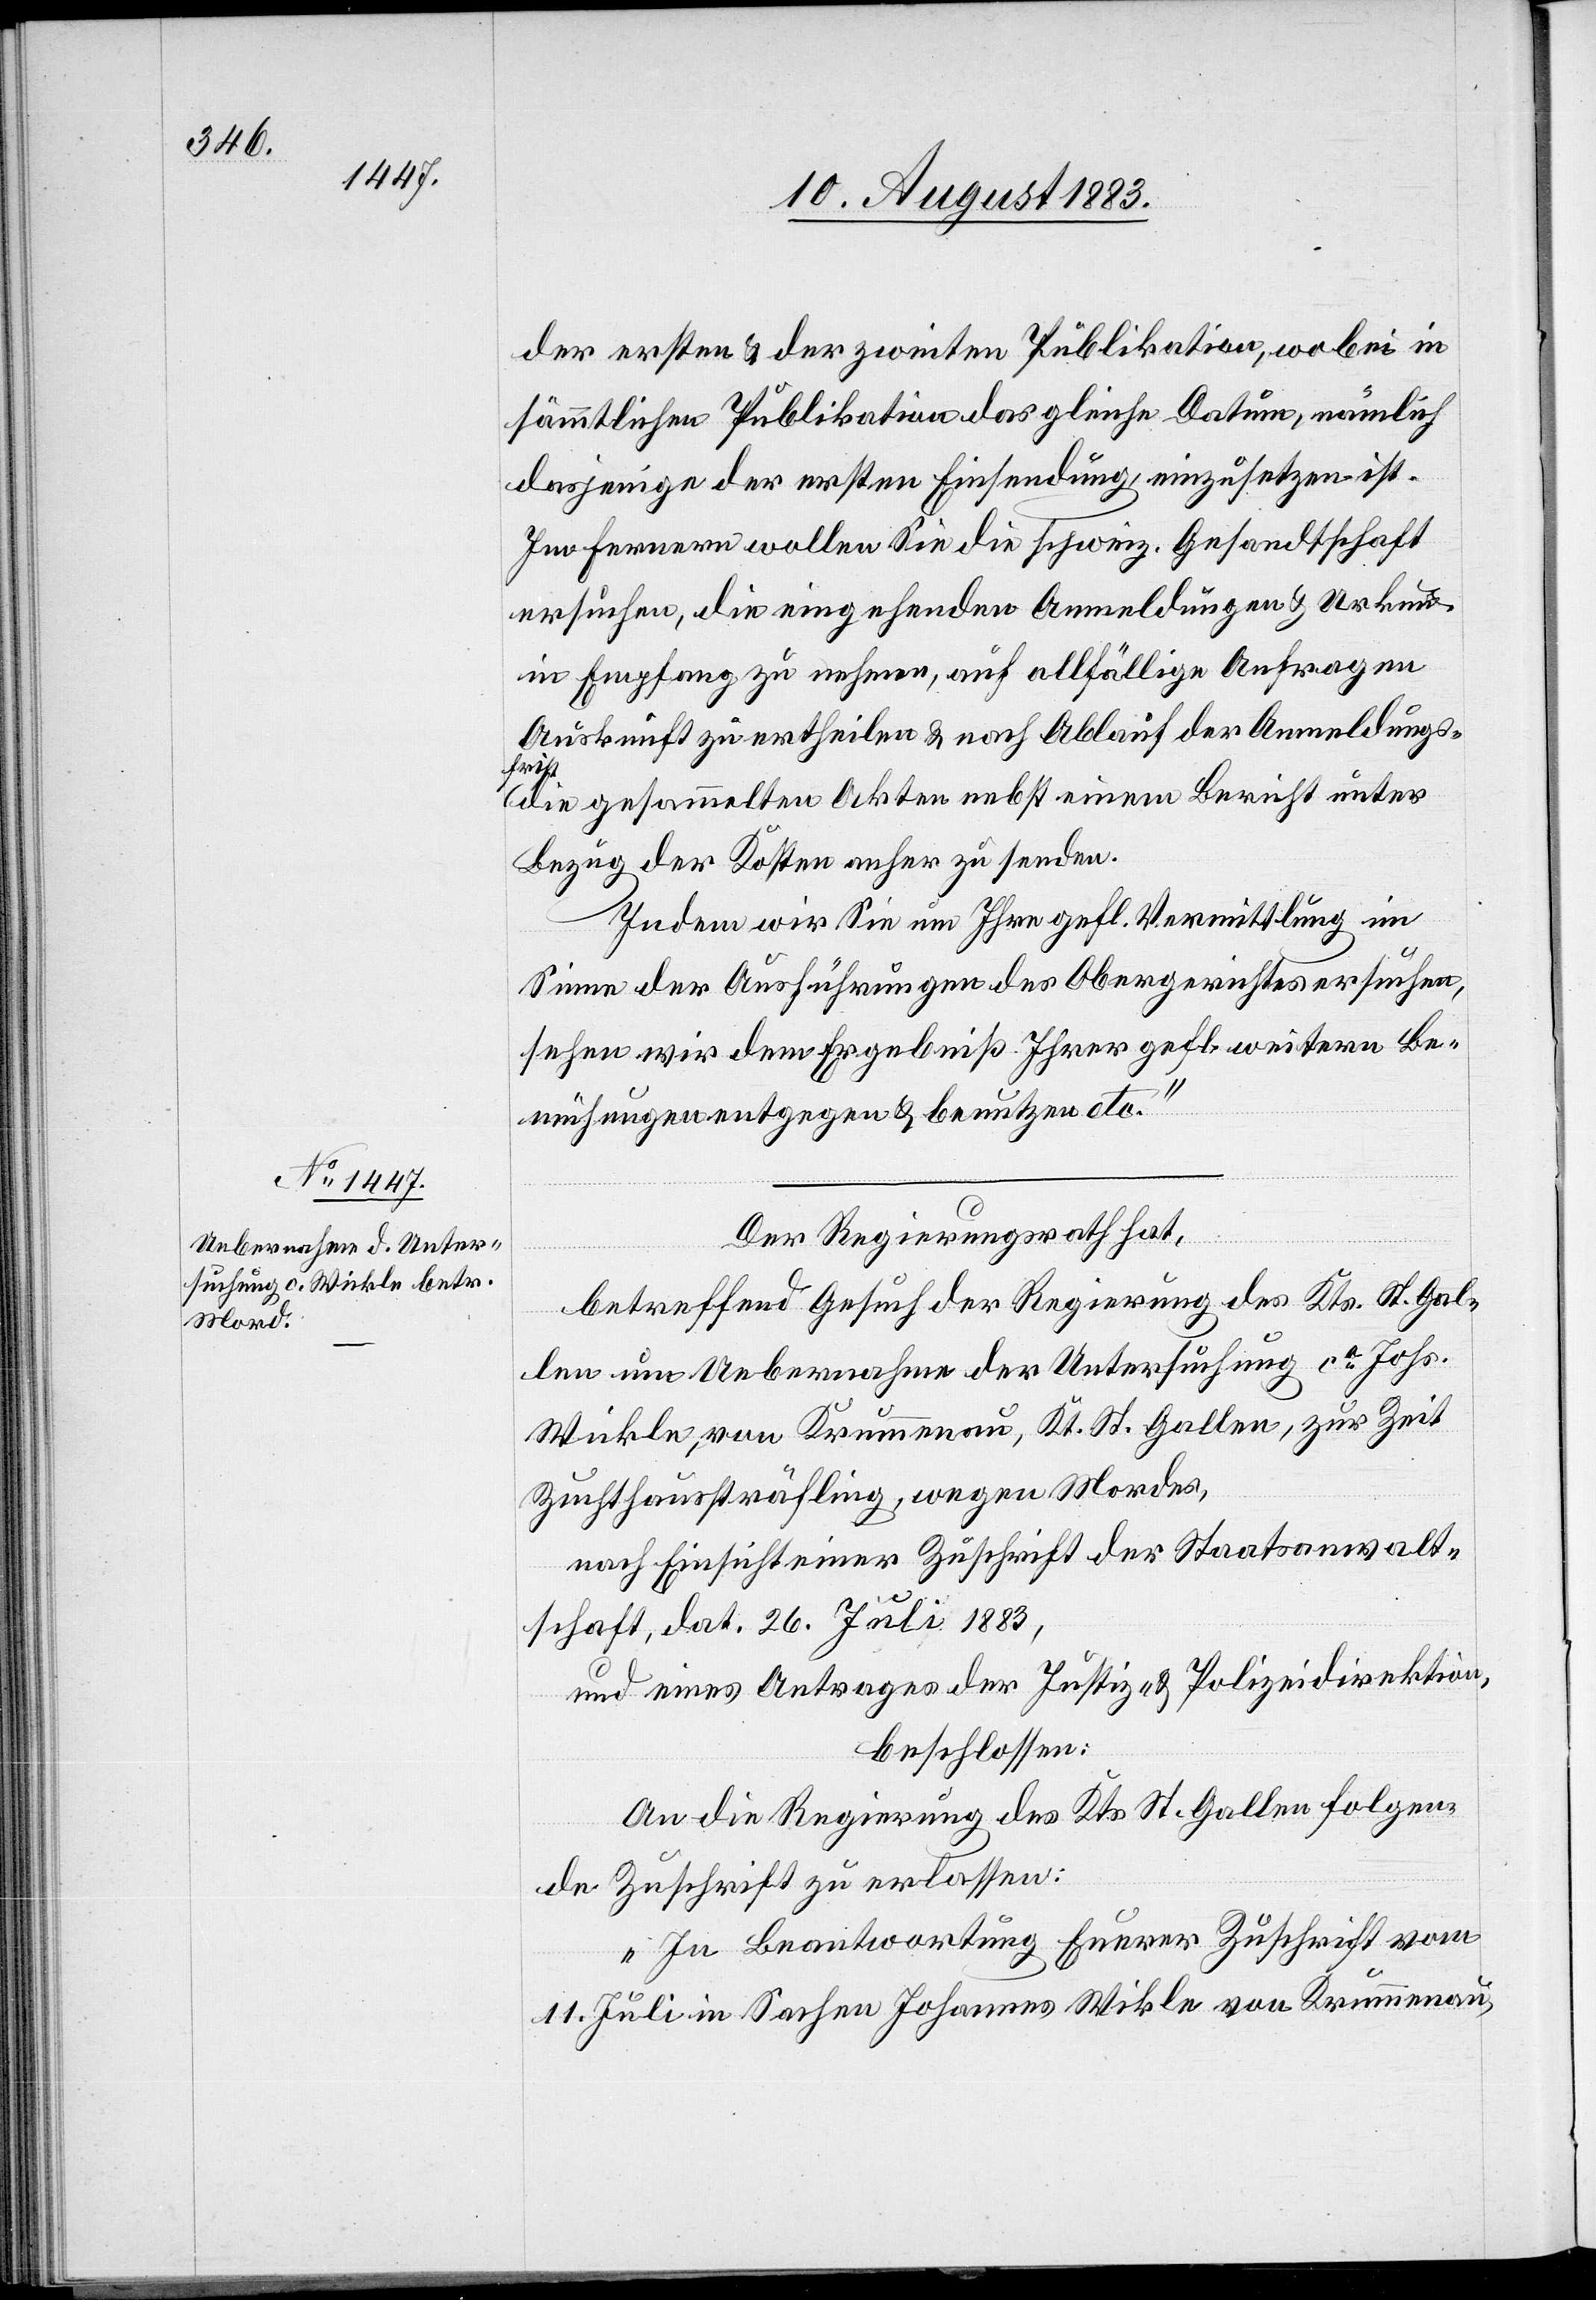
der ersten & der zweiten Publikation, wobei in
sämmtlichen Publikationa das gleiche Datum, nämlich
dasjenige der ersten Einsendung, einzusetzen ist.
Im Fernern wollen Sie die schweiz. Gesandtschaft
ersuchen, die eingehenden Anmeldungen & Urku¬
in Empfang zu nehmen, auf allfällige Anfrage
Auskunft zu ertheilen & nach Ablauf der Anmeldungs¬
frist
die gesammelten Akten nebst einem Bericht unter
Bezug der Kosten anher zu senden.
Indem wir Sie um Ihre gefl. Vermittlung im
Sinne der Ausführungen des Obergerichtes ersuchen,
sehen wir dem Ergebniß Ihrer gefl. weitern Be¬
mühungen entgegen & benutzen etc.“
Der Regierungsrath hat,
n[den]
betreffend Gesuch der Regierung des Kts. St. Gal¬
len um Uebernahme der Untersuchung ca Johs.
Wickle, von Krummenau, Kt. St. Gallen, zur Zeit
Zuchthaussträfling, wegen Mordes,
nach Einsicht einer Zuschrift der Staatsanwalt¬
schaft, dat. 26. Juli 1883,
und eines Antrages der Justiz- & Polizeidirektion,
beschlossen:
An die Regierung des Kts. St. Gallen folgen¬
de Zuschrift zu erlassen:
„In Beantwortung Eurer Zuschrift vom
11. Juli in Sachen Johannes Wikle [sic!] von Krummenau,